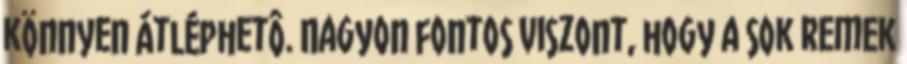
könnyen átléphetô. Nagyon fontos viszont, hogy a sok remek